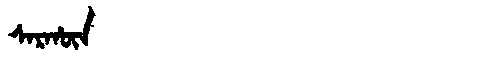
Manchu: ᠰᠠᡵᡥᡡᠨ
Romanization: SARHŪN